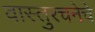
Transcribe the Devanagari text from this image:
वास्तुरचनेचे